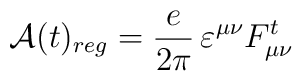
{\mathcal A}(t)_{reg}= \frac{e}{2\pi}\,\varepsilon^{\mu\nu}F^t_{\mu\nu}